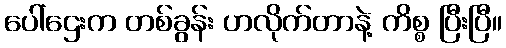
ပေါ်ဌေးက တစ်ခွန်း ဟလိုက်တာနဲ့ ကိစ္စ ပြီးပြီ။